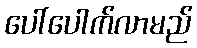
ပေါ်ပေါက်လာမည်